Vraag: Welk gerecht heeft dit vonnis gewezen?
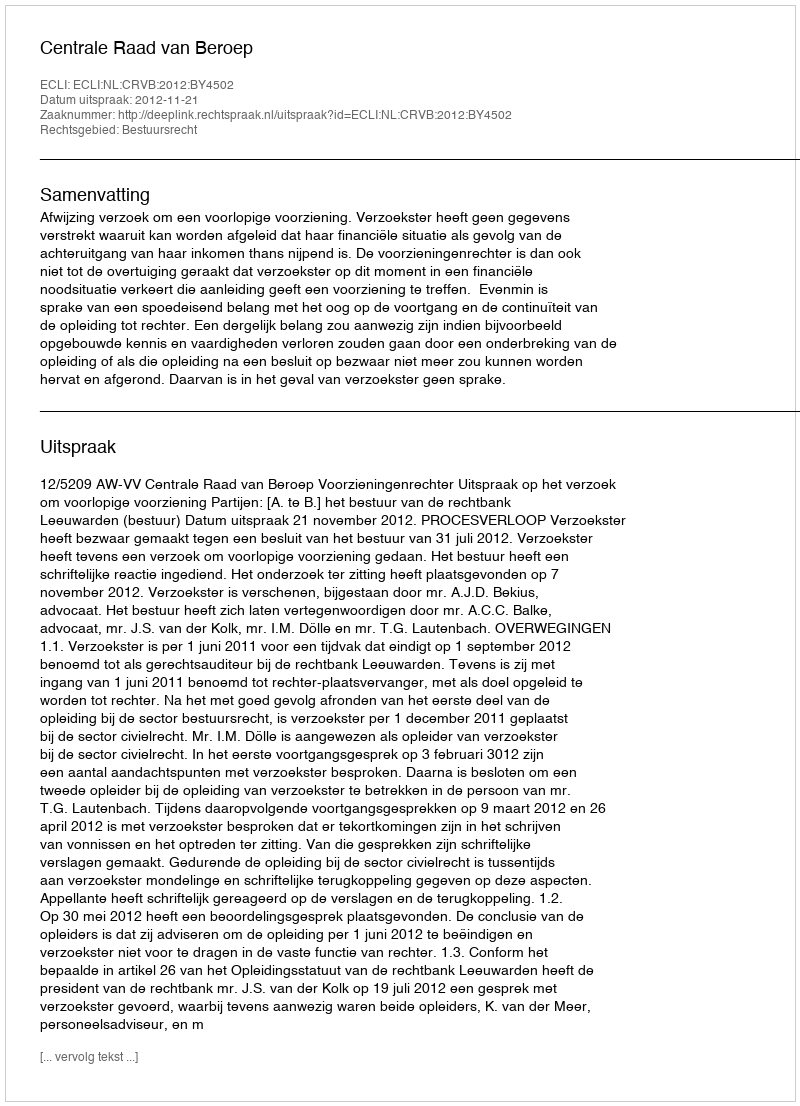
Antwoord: Centrale Raad van Beroep